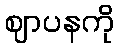
ဈာပနကို